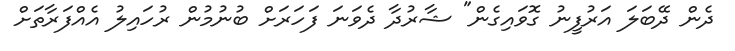
ދެން ދޭބަލަ އަރުފީނު ގޮވައިގެން" ޝާރުދާ ދެވަނަ ފަހަރަށް ބުނުމުން ރުހައިލު އެއްފަރާތަށް